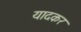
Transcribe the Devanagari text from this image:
यादकर